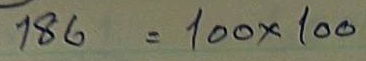
186 = 100 x 100